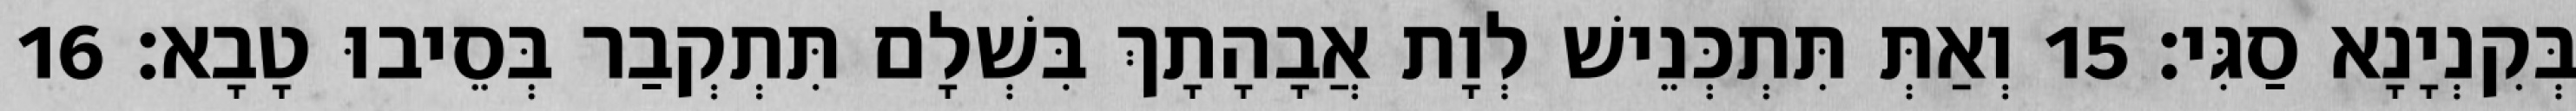
בְּקִנְיָנָא סַגִּי׃ 15 וְאַתְּ תִּתְכְּנֵישׁ לְוָת אֲבָהָתָךְ בִּשְׁלָם תִּתְקְבַר בְּסֵיבוּ טָבָא׃ 16